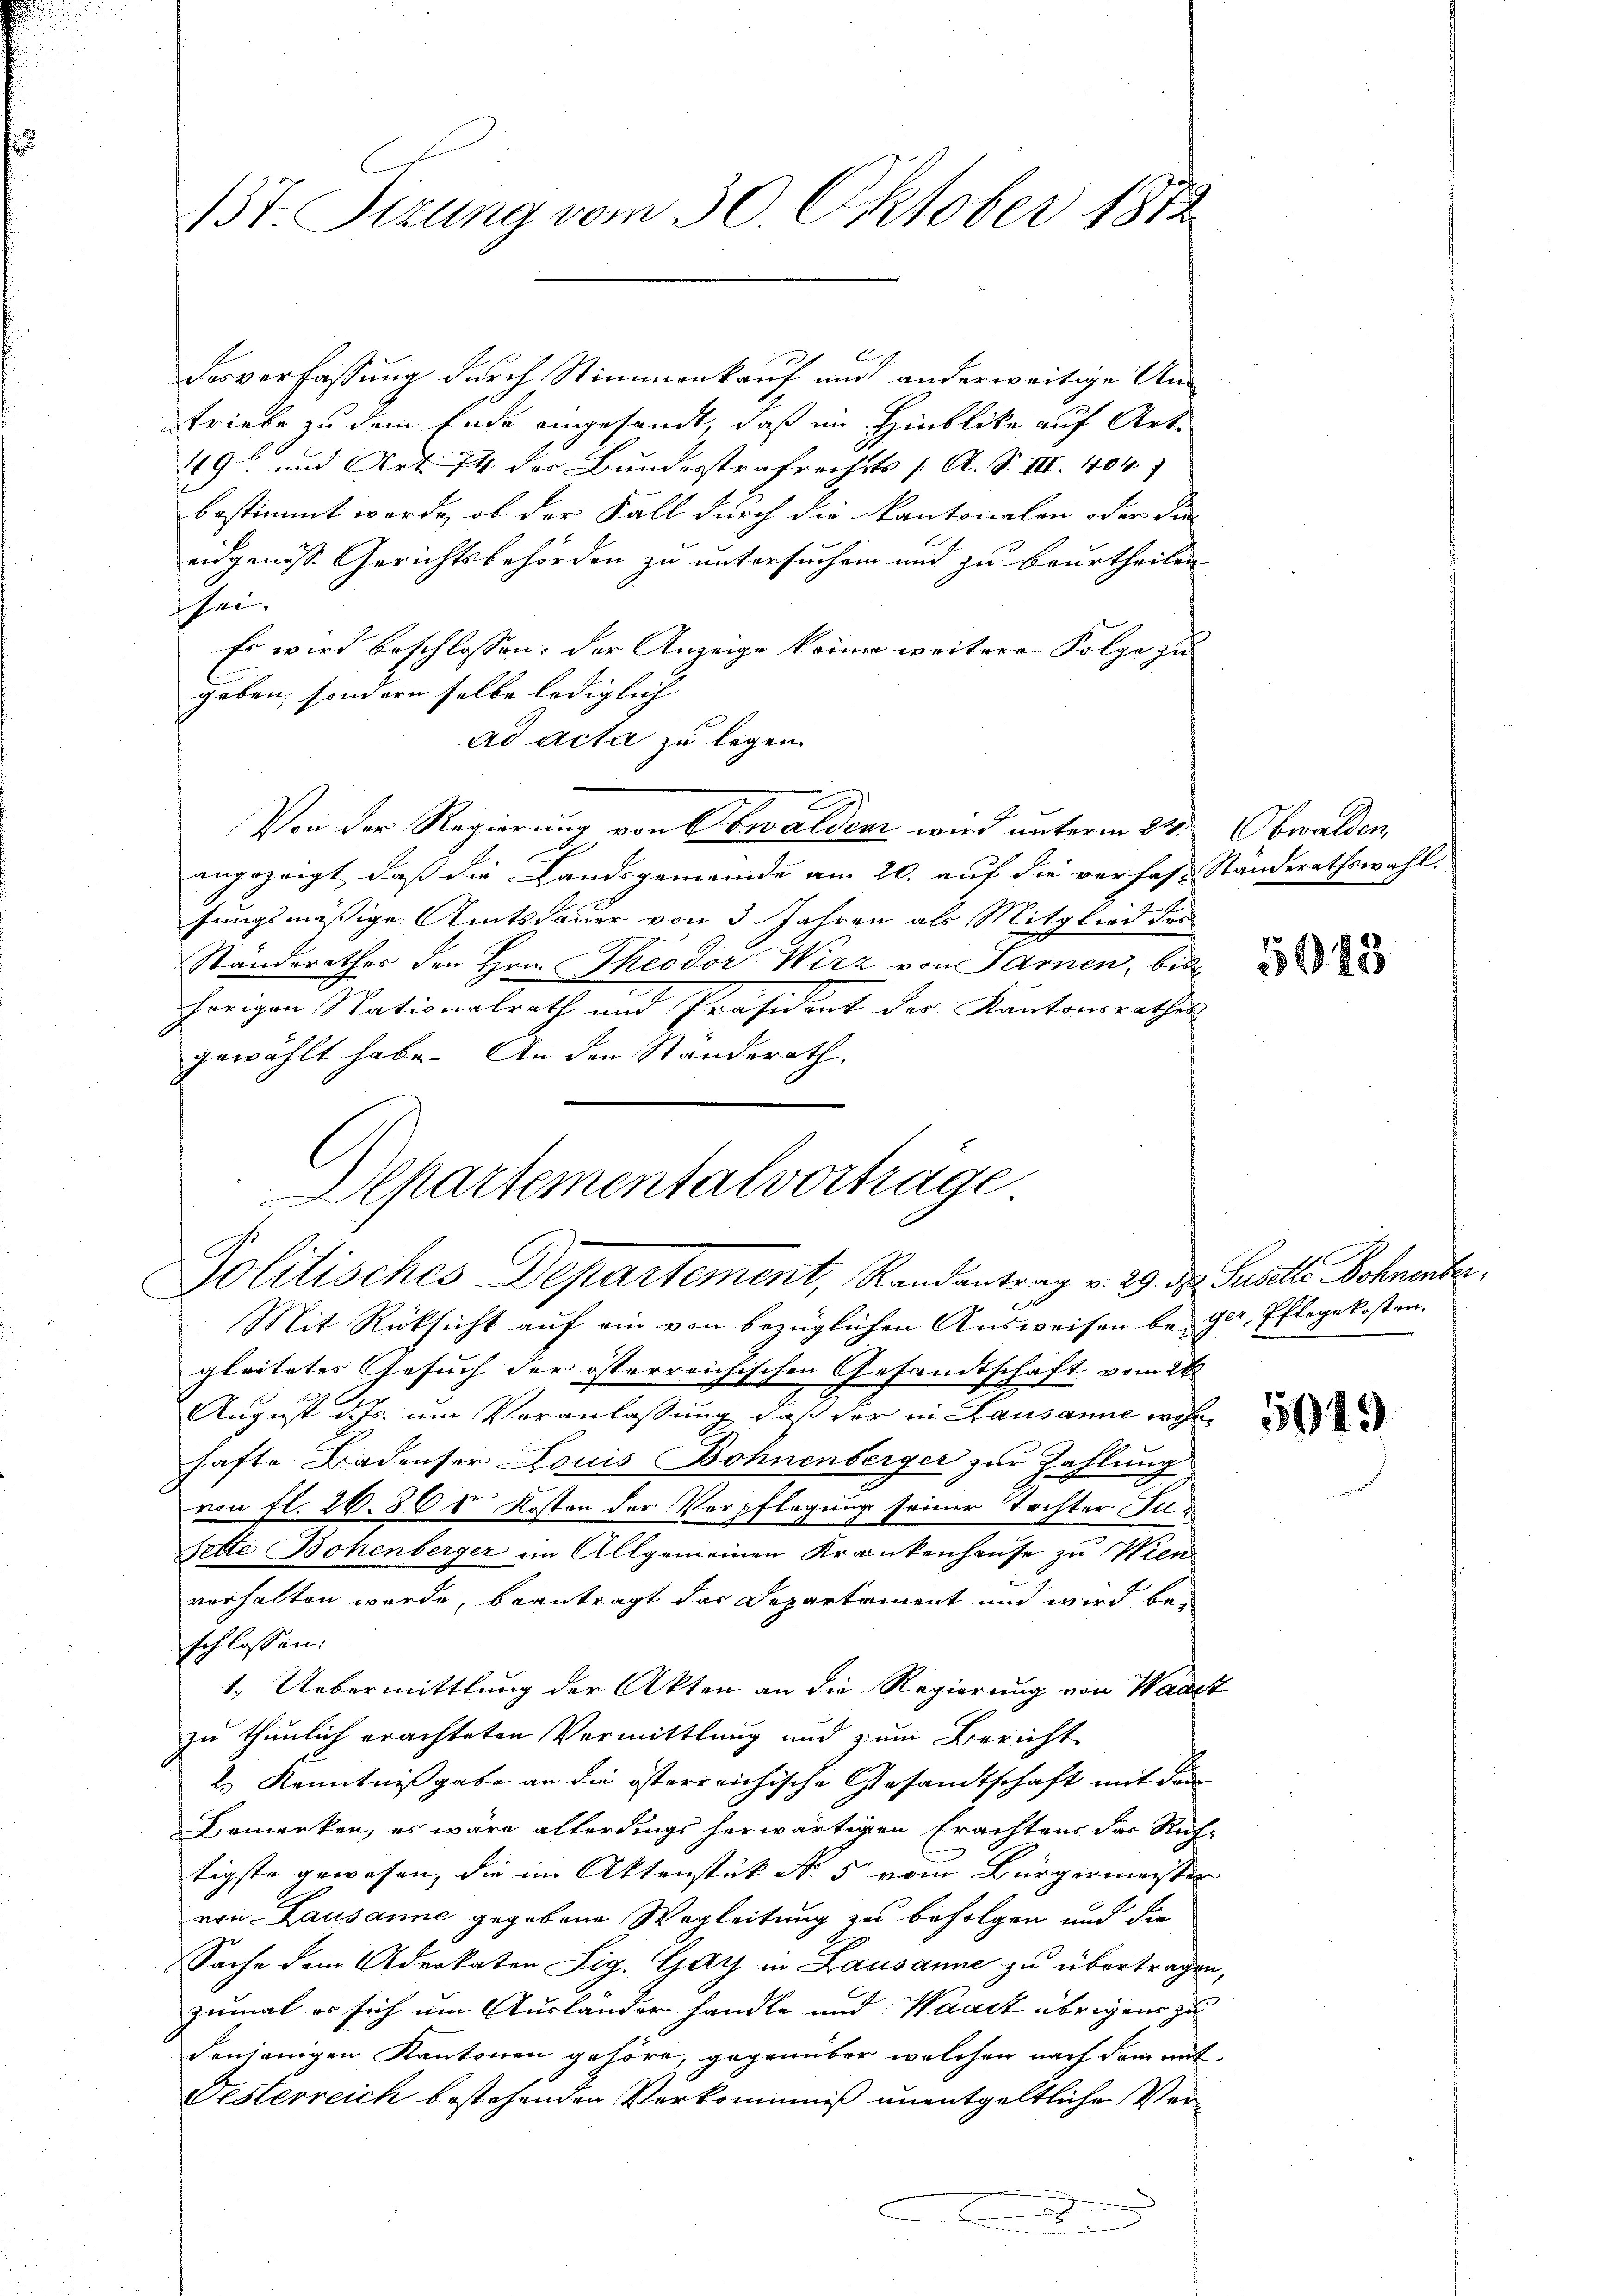
13t. Sizung vom 30. Oktober 1872

C
desverfassung durch Stimmenkauf und anderweitige Antriebe zu dem Ende eingesandt, daß im Hinblicke auf Art.
49 und Art. 74 der Bundesstrafrechts [ A. S. III. 404
bestimmt werde, ob der Fall durch die Kantonalen oder die
eidgenosse Gerichtsbehörden zu untersuchen und zu beurtheilen
schei¬
Es wird beschlossen: der Anzeige keiner weitere Folge zu
geben, sondern selbe lediglich
ad acta zu legen.
Von der Regierung von Obwalden wird unterm 23. Obwalden,
angezeigt, daß die Landsgemeinde am 20. auf die verfas- Standerathswahl,
fungsmässige Amtsdauer von 3 Jahren als Mitglied der
Standerathes den Hrn. Theodor Wirz von Sarnen, bis
hörigen Nationalrath und Präsident der Kantonsrathes
gewählt habe. An den Ständerath,
Mit Rücksicht auf ein von bezüglichen Ausweisen bei Ger. Pflegekosten.
gleitetes Gesuch der österreichischen Gesandtschaft vom 26
August d. Js. um Veranlassung daß der in Lausanne wohnhafte Badenser Louis Bohnenberger zur Zahlung
von fl. 26. 86 der Kosten der Verpflegung seiner Tochter Ju¬
Sette Bohenberger im Allgemeinen Krankenhause zu Wien
vorhalten werde, beantragt das Departament und wird beschlossen:
1. Uebermittlung der Akten an die Regierung von Wadet
zu thunlich erachteten Vermittlung und zum Bericht
2.) Kenntnißgabe an die österreichische Gesandtschaft mit dem
Bemerken, es wäre allerdings herwärtigen Erachtens das Ruf-
tigste gewesen, die im Aktenstük N. 5 vom Bürgermeister
von Lausanne gegebene Wegleitung zu befolgen und die
Sache dem Advokaten Sig. Gay in Lausanne zu übertragen,
zumal es sich um Ausländer handle und Waadt übrigens zu
denjenigen Kantonen gehöre, gegenüber welchen nach dem mit
Österreich bestehenden Verkommniß unentgeltliche Ver¬
.

Aepartementalvortrage
Politisches Departement, Randantrag v. 29. d. Susette Bohnenber¬

5043

5949